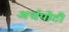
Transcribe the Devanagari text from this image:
अर्धपोटी